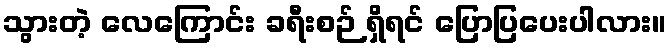
သွားတဲ့ လေကြောင်း ခရီးစဉ် ရှိရင် ပြောပြပေးပါလား။